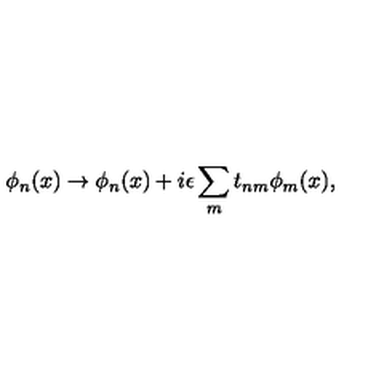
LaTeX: \phi _ { n } ( x ) \rightarrow \phi _ { n } ( x ) + i \epsilon \sum _ { m } t _ { n m } \phi _ { m } ( x ) ,